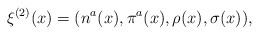
\begin{align*}\xi^{(2)}(x)=(n^{a}(x),\pi^{a}(x),\rho(x),\sigma(x)),\end{align*}